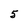
Character: 5